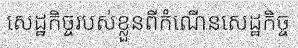
សេដ្ឋកិច្ចរបស់ខ្លួនពីកំណើនសេដ្ឋកិច្ច